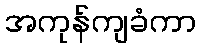
အကုန်ကျခံကာ